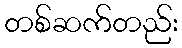
တစ်ဆက်တည်း